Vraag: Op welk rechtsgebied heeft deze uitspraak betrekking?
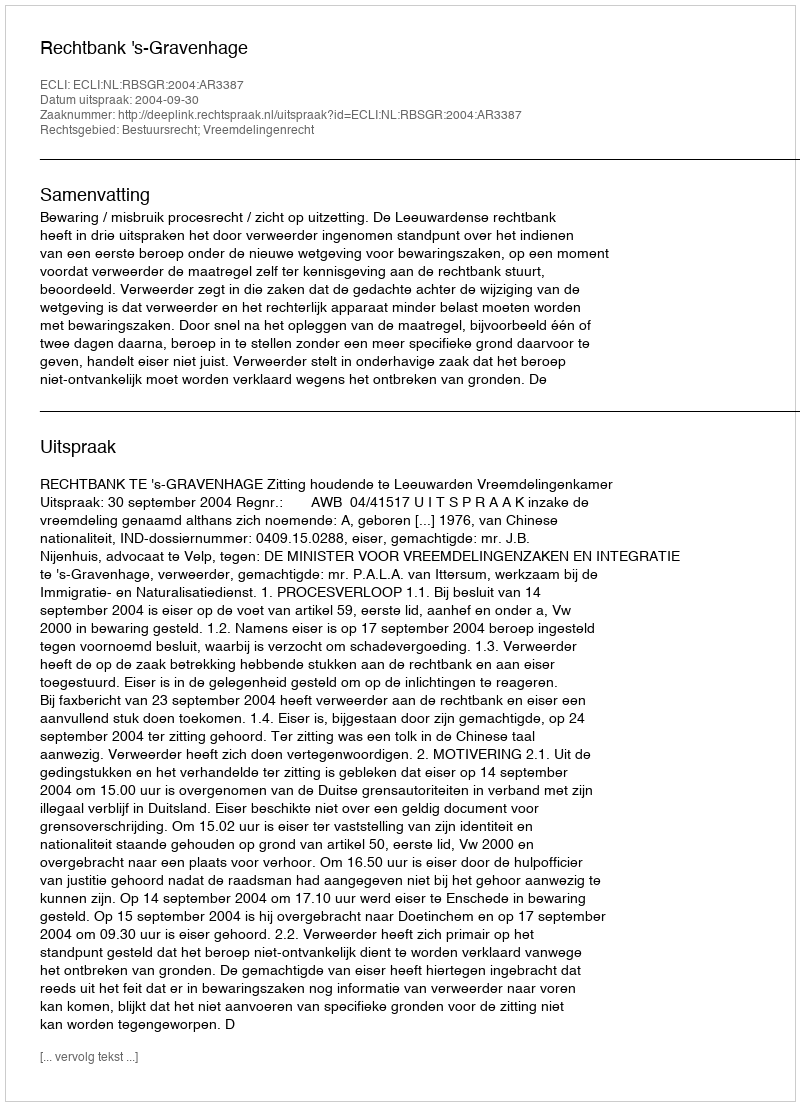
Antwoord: Bestuursrecht; Vreemdelingenrecht